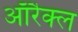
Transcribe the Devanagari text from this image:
ऑरैक्ल